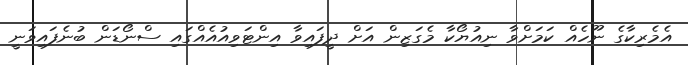
އެމެރިކާގެ ނޫހެއް ކަމަށްވާ ނިއުޔޯކާ މެގަޒިން އަށް ދީފައިވާ އިންޓަވިއުއެއްގައި ސްނޯޑަން ބުނެފައިވަނީ